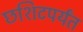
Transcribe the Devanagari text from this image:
छशिटपर्यंत